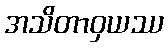
အသိတာဝှယဿ